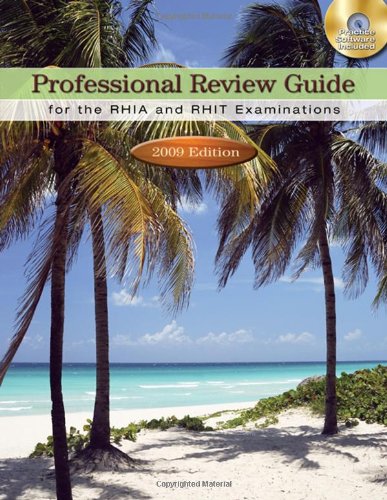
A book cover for Professional Review Guide for the RHIA and RHIT Examinations: 2009 Edition (Professional Review Guide for the RHIA & RHIT); Patricia Schnering; Medical Books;